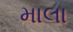
માલા